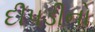
દીપડીનો